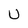
Character: U